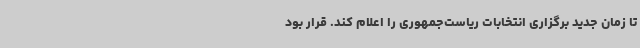
تا زمان جدید برگزاری انتخابات ریاست‌جمهوری را اعلام کند. قرار بود